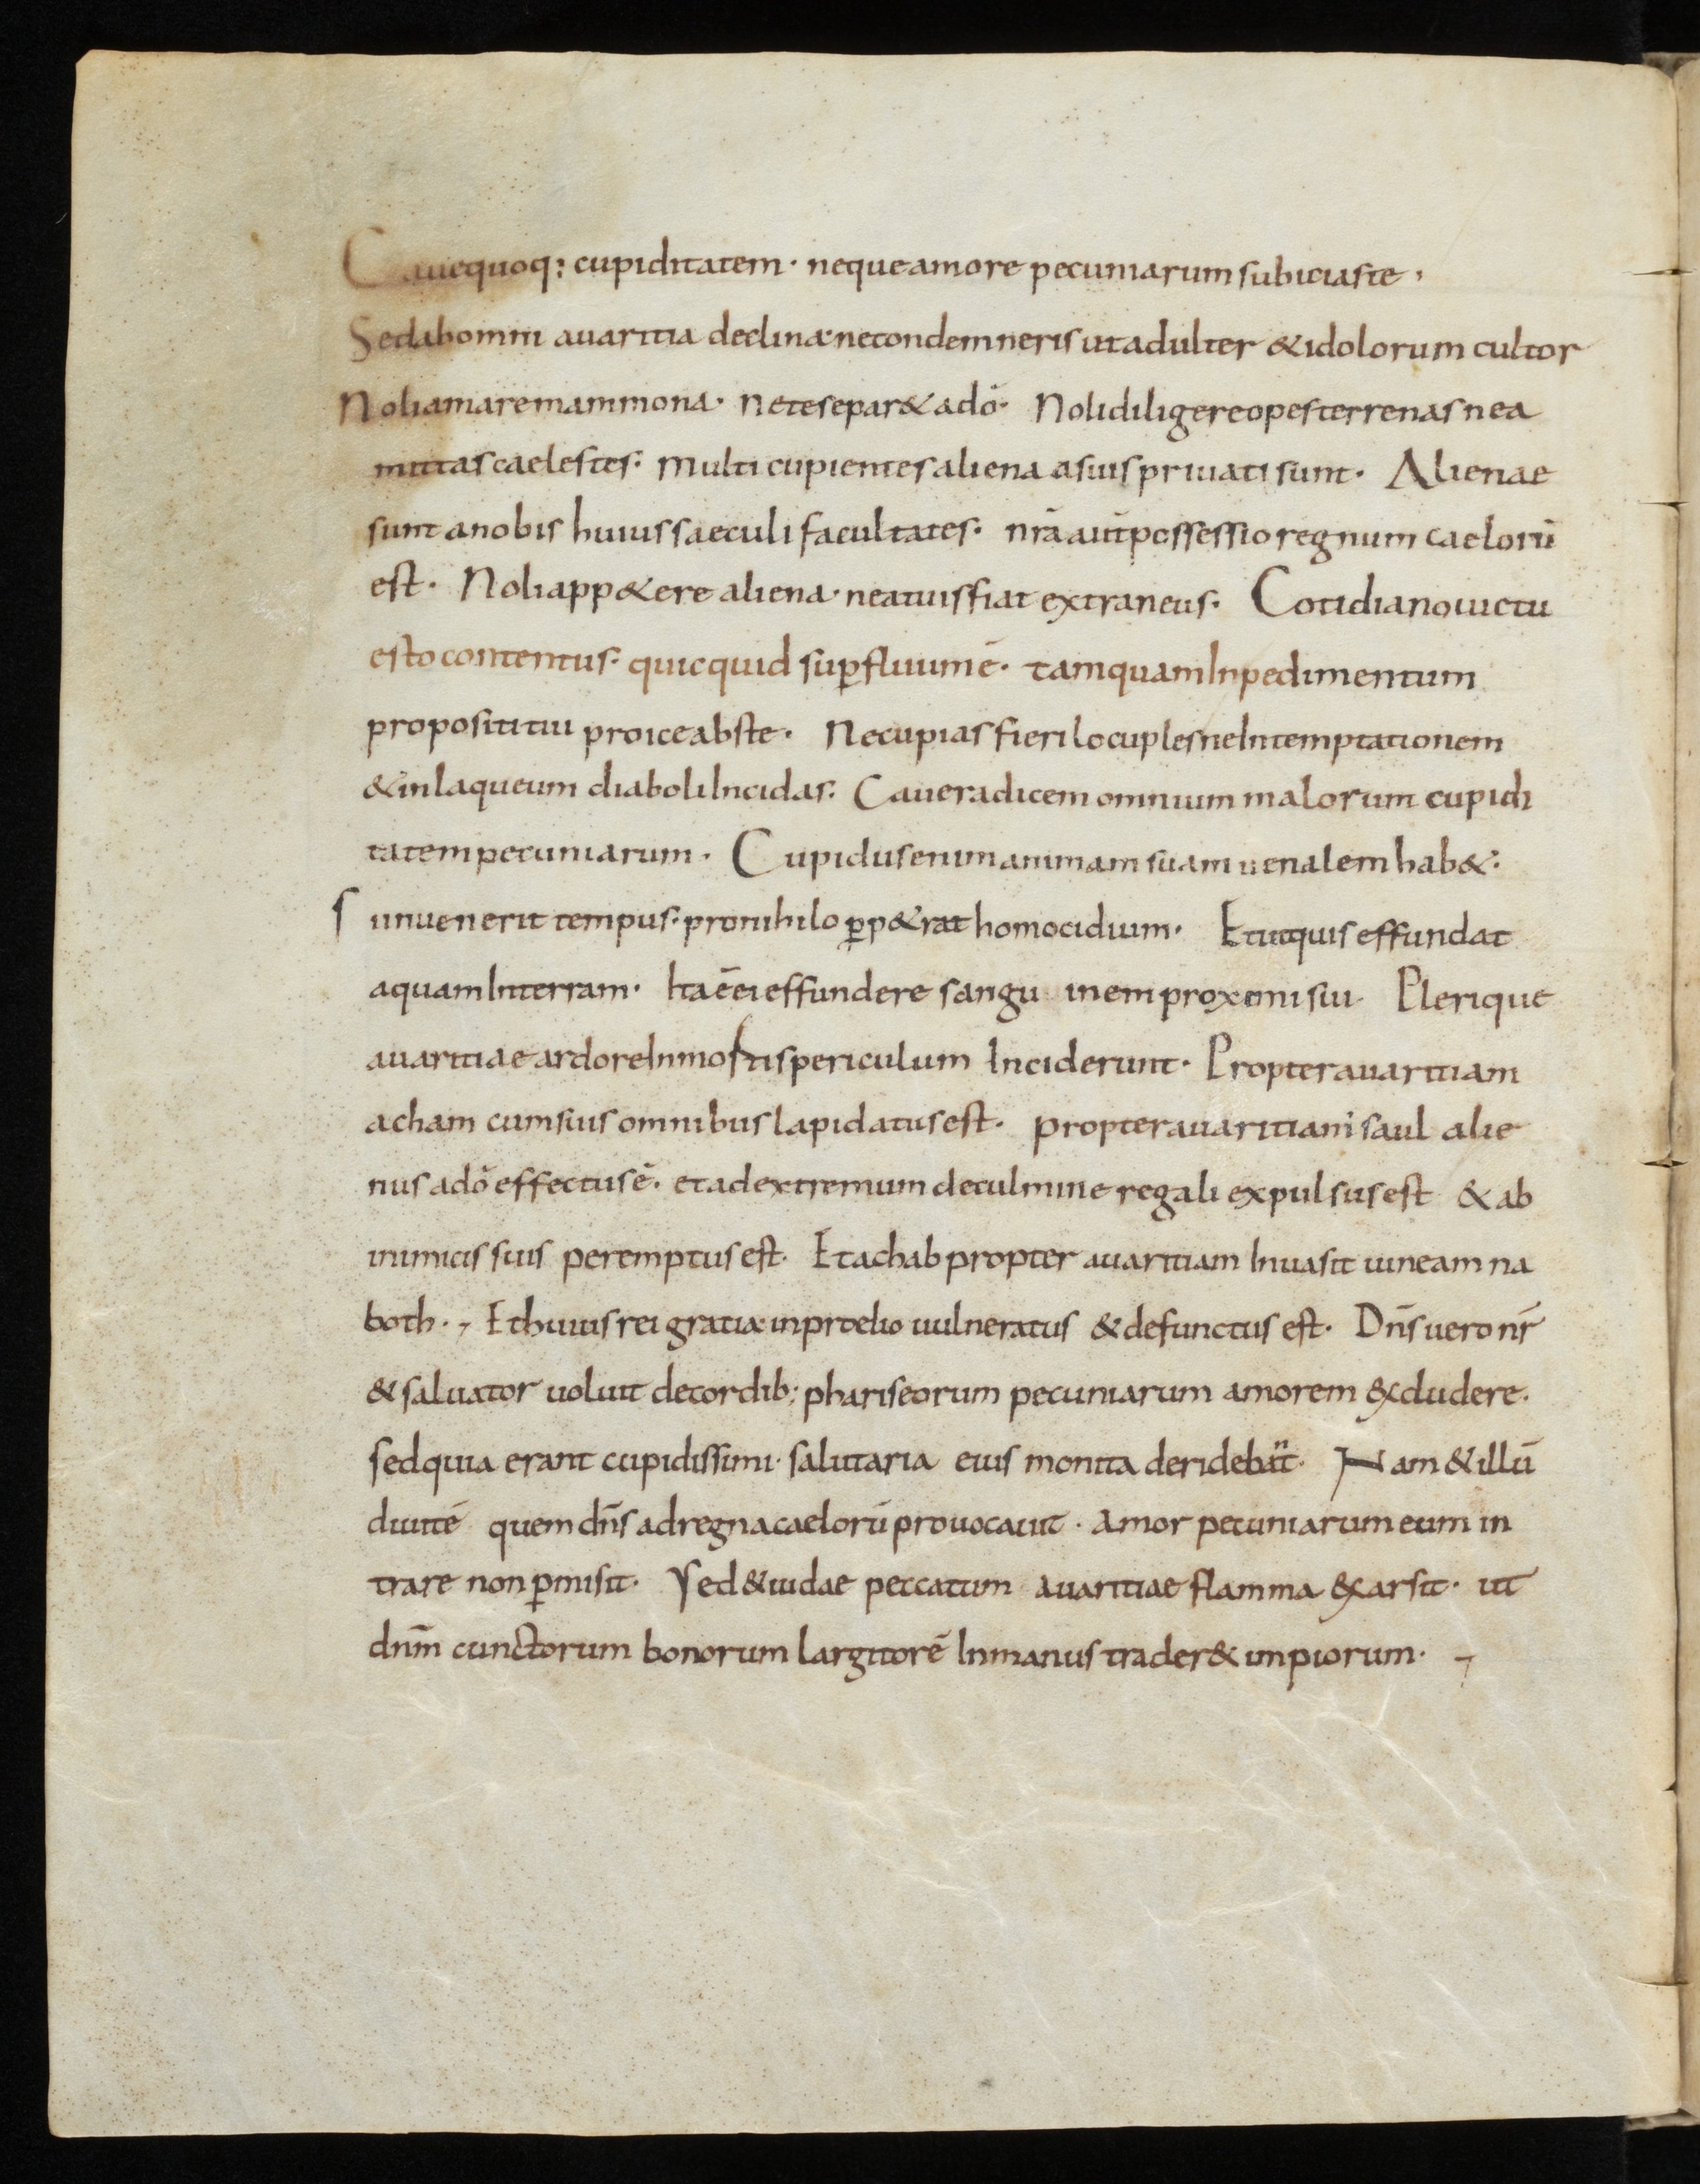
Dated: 800–999